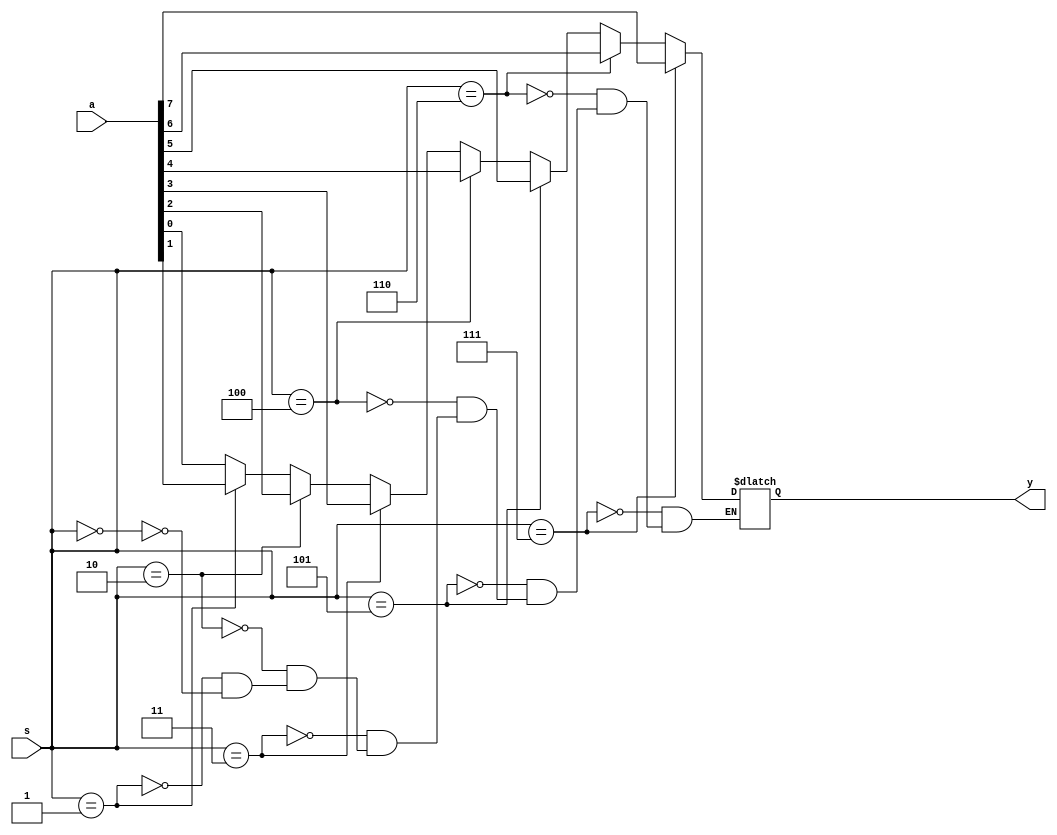
module mux(input [7:0]a, input [2:0]s, output reg y);
integer i;
always@(*)begin
    for (i=0;i<8;i=i+1)
    begin
        if(s==i) y = a[i];
    end
end
endmodule